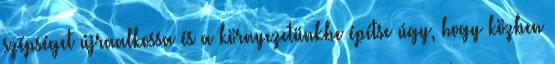
szépséget újraalkossa és a környezetünkbe építse úgy, hogy közben